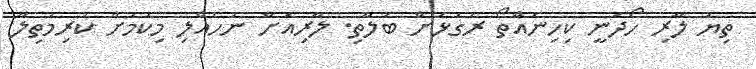
ތިޔަ ލާރި ހޯދަނީ ކިހިނެއްތޯ ރަގަޅަށް ބަލާތި. ލާރިއަށް ނުހެއްލި މިކަމަށް ކުރިމަތިލާ